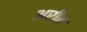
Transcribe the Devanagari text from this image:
अरीब